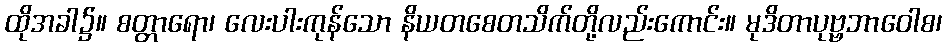
ထိုအခါ၌။ စတ္တာရော၊ လေးပါးကုန်သော နိယတစေတသိက်တို့လည်းကောင်း။ မုဒိတာပုဗ္ဗဘာဝေါစ၊